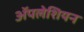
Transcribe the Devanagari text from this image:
ॲपलेशियन